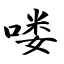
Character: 喽